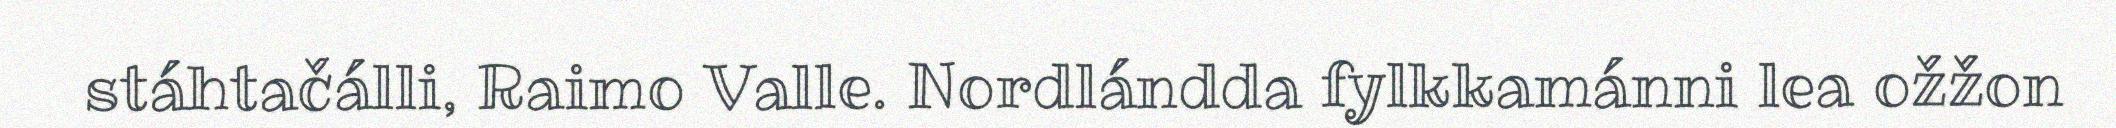
stáhtačálli, Raimo Valle. Nordlándda fylkkamánni lea ožžon